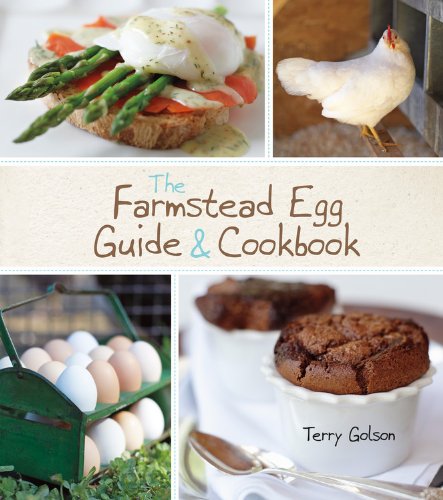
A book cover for The Farmstead Egg Guide & Cookbook; Terry Golson; Cookbooks, Food & Wine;